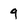
Character: 9